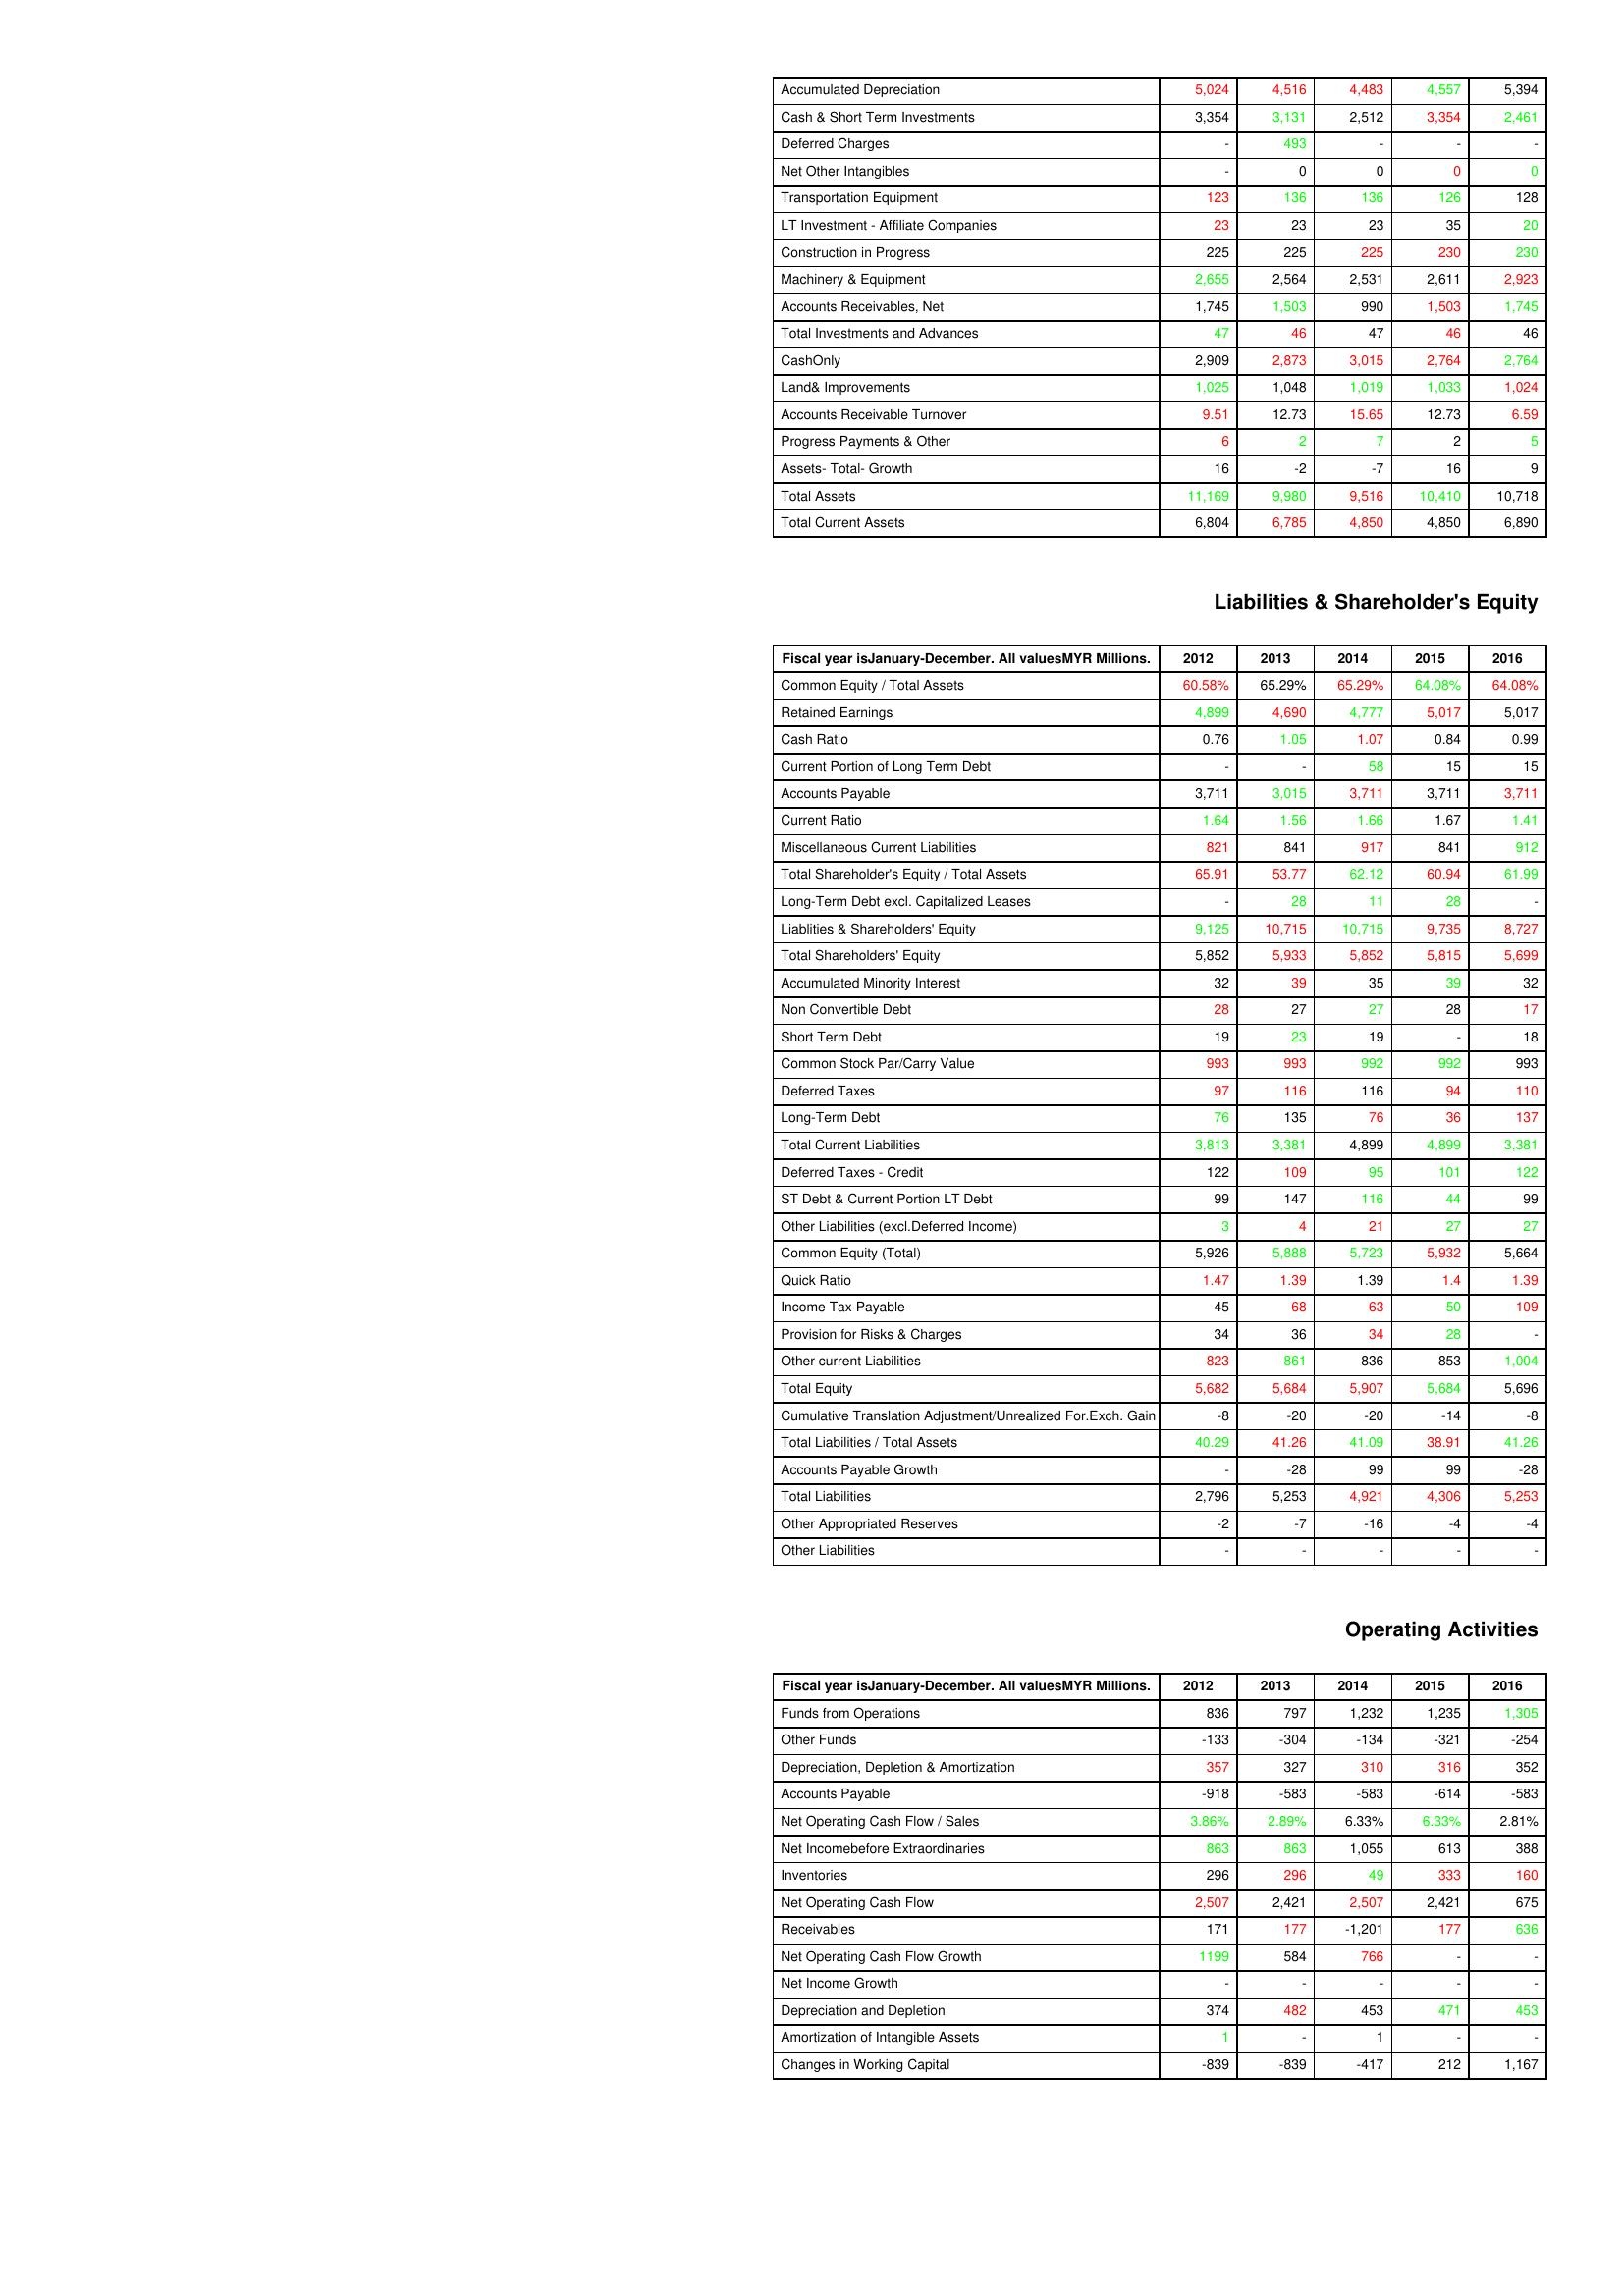
gt_parse: 2012: Assets: Accumulated Depreciation: 5,024
Cash & Short Term Investments: 3,354
Deferred Charges: -
Net Other Intangibles: -
Transportation Equipment: 123
LT Investment - Affiliate Companies: 23
Construction in Progress: 225
Machinery & Equipment: 2,655
Accounts Receivables, Net: 1,745
Total Investments and Advances: 47
CashOnly: 2,909
Land& Improvements: 1,025
Accounts Receivable Turnover: 9.51
Progress Payments & Other: 6
Assets- Total- Growth: 16
Total Assets: 11,169
Total Current Assets: 6,804
Liabilities & Shareholder's Equity: Common Equity / Total Assets: 60.58%
Retained Earnings: 4,899
Cash Ratio: 0.76
Current Portion of Long Term Debt: -
Accounts Payable: 3,711
Current Ratio: 1.64
Miscellaneous Current Liabilities: 821
Total Shareholder's Equity / Total Assets: 65.91
Long-Term Debt excl. Capitalized Leases: -
Liablities & Shareholders' Equity: 9,125
Total Shareholders' Equity: 5,852
Accumulated Minority Interest: 32
Non Convertible Debt: 28
Short Term Debt: 19
Common Stock Par/Carry Value: 993
Deferred Taxes: 97
Long-Term Debt: 76
Total Current Liabilities: 3,813
Deferred Taxes - Credit: 122
ST Debt & Current Portion LT Debt: 99
Other Liabilities (excl.Deferred Income): 3
Common Equity (Total): 5,926
Quick Ratio: 1.47
Income Tax Payable: 45
Provision for Risks & Charges: 34
Other current Liabilities: 823
Total Equity: 5,682
Cumulative Translation Adjustment/Unrealized For.Exch. Gain: -8
Total Liabilities / Total Assets: 40.29
Accounts Payable Growth: -
Total Liabilities: 2,796
Other Appropriated Reserves: -2
Other Liabilities: -
Operating Activities: Funds from Operations: 836
Other Funds: -133
Depreciation, Depletion & Amortization: 357
Accounts Payable: -918
Net Operating Cash Flow / Sales: 3.86%
Net Incomebefore Extraordinaries: 863
Inventories: 296
Net Operating Cash Flow: 2,507
Receivables: 171
Net Operating Cash Flow Growth: 1199
Net Income Growth: -
Depreciation and Depletion: 374
Amortization of Intangible Assets: 1
Changes in Working Capital: -839
2013: Assets: Accumulated Depreciation: 4,516
Cash & Short Term Investments: 3,131
Deferred Charges: 493
Net Other Intangibles: 0
Transportation Equipment: 136
LT Investment - Affiliate Companies: 23
Construction in Progress: 225
Machinery & Equipment: 2,564
Accounts Receivables, Net: 1,503
Total Investments and Advances: 46
CashOnly: 2,873
Land& Improvements: 1,048
Accounts Receivable Turnover: 12.73
Progress Payments & Other: 2
Assets- Total- Growth: -2
Total Assets: 9,980
Total Current Assets: 6,785
Liabilities & Shareholder's Equity: Common Equity / Total Assets: 65.29%
Retained Earnings: 4,690
Cash Ratio: 1.05
Current Portion of Long Term Debt: -
Accounts Payable: 3,015
Current Ratio: 1.56
Miscellaneous Current Liabilities: 841
Total Shareholder's Equity / Total Assets: 53.77
Long-Term Debt excl. Capitalized Leases: 28
Liablities & Shareholders' Equity: 10,715
Total Shareholders' Equity: 5,933
Accumulated Minority Interest: 39
Non Convertible Debt: 27
Short Term Debt: 23
Common Stock Par/Carry Value: 993
Deferred Taxes: 116
Long-Term Debt: 135
Total Current Liabilities: 3,381
Deferred Taxes - Credit: 109
ST Debt & Current Portion LT Debt: 147
Other Liabilities (excl.Deferred Income): 4
Common Equity (Total): 5,888
Quick Ratio: 1.39
Income Tax Payable: 68
Provision for Risks & Charges: 36
Other current Liabilities: 861
Total Equity: 5,684
Cumulative Translation Adjustment/Unrealized For.Exch. Gain: -20
Total Liabilities / Total Assets: 41.26
Accounts Payable Growth: -28
Total Liabilities: 5,253
Other Appropriated Reserves: -7
Other Liabilities: -
Operating Activities: Funds from Operations: 797
Other Funds: -304
Depreciation, Depletion & Amortization: 327
Accounts Payable: -583
Net Operating Cash Flow / Sales: 2.89%
Net Incomebefore Extraordinaries: 863
Inventories: 296
Net Operating Cash Flow: 2,421
Receivables: 177
Net Operating Cash Flow Growth: 584
Net Income Growth: -
Depreciation and Depletion: 482
Amortization of Intangible Assets: -
Changes in Working Capital: -839
2014: Assets: Accumulated Depreciation: 4,483
Cash & Short Term Investments: 2,512
Deferred Charges: -
Net Other Intangibles: 0
Transportation Equipment: 136
LT Investment - Affiliate Companies: 23
Construction in Progress: 225
Machinery & Equipment: 2,531
Accounts Receivables, Net: 990
Total Investments and Advances: 47
CashOnly: 3,015
Land& Improvements: 1,019
Accounts Receivable Turnover: 15.65
Progress Payments & Other: 7
Assets- Total- Growth: -7
Total Assets: 9,516
Total Current Assets: 4,850
Liabilities & Shareholder's Equity: Common Equity / Total Assets: 65.29%
Retained Earnings: 4,777
Cash Ratio: 1.07
Current Portion of Long Term Debt: 58
Accounts Payable: 3,711
Current Ratio: 1.66
Miscellaneous Current Liabilities: 917
Total Shareholder's Equity / Total Assets: 62.12
Long-Term Debt excl. Capitalized Leases: 11
Liablities & Shareholders' Equity: 10,715
Total Shareholders' Equity: 5,852
Accumulated Minority Interest: 35
Non Convertible Debt: 27
Short Term Debt: 19
Common Stock Par/Carry Value: 992
Deferred Taxes: 116
Long-Term Debt: 76
Total Current Liabilities: 4,899
Deferred Taxes - Credit: 95
ST Debt & Current Portion LT Debt: 116
Other Liabilities (excl.Deferred Income): 21
Common Equity (Total): 5,723
Quick Ratio: 1.39
Income Tax Payable: 63
Provision for Risks & Charges: 34
Other current Liabilities: 836
Total Equity: 5,907
Cumulative Translation Adjustment/Unrealized For.Exch. Gain: -20
Total Liabilities / Total Assets: 41.09
Accounts Payable Growth: 99
Total Liabilities: 4,921
Other Appropriated Reserves: -16
Other Liabilities: -
Operating Activities: Funds from Operations: 1,232
Other Funds: -134
Depreciation, Depletion & Amortization: 310
Accounts Payable: -583
Net Operating Cash Flow / Sales: 6.33%
Net Incomebefore Extraordinaries: 1,055
Inventories: 49
Net Operating Cash Flow: 2,507
Receivables: -1,201
Net Operating Cash Flow Growth: 766
Net Income Growth: -
Depreciation and Depletion: 453
Amortization of Intangible Assets: 1
Changes in Working Capital: -417
2015: Assets: Accumulated Depreciation: 4,557
Cash & Short Term Investments: 3,354
Deferred Charges: -
Net Other Intangibles: 0
Transportation Equipment: 126
LT Investment - Affiliate Companies: 35
Construction in Progress: 230
Machinery & Equipment: 2,611
Accounts Receivables, Net: 1,503
Total Investments and Advances: 46
CashOnly: 2,764
Land& Improvements: 1,033
Accounts Receivable Turnover: 12.73
Progress Payments & Other: 2
Assets- Total- Growth: 16
Total Assets: 10,410
Total Current Assets: 4,850
Liabilities & Shareholder's Equity: Common Equity / Total Assets: 64.08%
Retained Earnings: 5,017
Cash Ratio: 0.84
Current Portion of Long Term Debt: 15
Accounts Payable: 3,711
Current Ratio: 1.67
Miscellaneous Current Liabilities: 841
Total Shareholder's Equity / Total Assets: 60.94
Long-Term Debt excl. Capitalized Leases: 28
Liablities & Shareholders' Equity: 9,735
Total Shareholders' Equity: 5,815
Accumulated Minority Interest: 39
Non Convertible Debt: 28
Short Term Debt: -
Common Stock Par/Carry Value: 992
Deferred Taxes: 94
Long-Term Debt: 36
Total Current Liabilities: 4,899
Deferred Taxes - Credit: 101
ST Debt & Current Portion LT Debt: 44
Other Liabilities (excl.Deferred Income): 27
Common Equity (Total): 5,932
Quick Ratio: 1.4
Income Tax Payable: 50
Provision for Risks & Charges: 28
Other current Liabilities: 853
Total Equity: 5,684
Cumulative Translation Adjustment/Unrealized For.Exch. Gain: -14
Total Liabilities / Total Assets: 38.91
Accounts Payable Growth: 99
Total Liabilities: 4,306
Other Appropriated Reserves: -4
Other Liabilities: -
Operating Activities: Funds from Operations: 1,235
Other Funds: -321
Depreciation, Depletion & Amortization: 316
Accounts Payable: -614
Net Operating Cash Flow / Sales: 6.33%
Net Incomebefore Extraordinaries: 613
Inventories: 333
Net Operating Cash Flow: 2,421
Receivables: 177
Net Operating Cash Flow Growth: -
Net Income Growth: -
Depreciation and Depletion: 471
Amortization of Intangible Assets: -
Changes in Working Capital: 212
2016: Assets: Accumulated Depreciation: 5,394
Cash & Short Term Investments: 2,461
Deferred Charges: -
Net Other Intangibles: 0
Transportation Equipment: 128
LT Investment - Affiliate Companies: 20
Construction in Progress: 230
Machinery & Equipment: 2,923
Accounts Receivables, Net: 1,745
Total Investments and Advances: 46
CashOnly: 2,764
Land& Improvements: 1,024
Accounts Receivable Turnover: 6.59
Progress Payments & Other: 5
Assets- Total- Growth: 9
Total Assets: 10,718
Total Current Assets: 6,890
Liabilities & Shareholder's Equity: Common Equity / Total Assets: 64.08%
Retained Earnings: 5,017
Cash Ratio: 0.99
Current Portion of Long Term Debt: 15
Accounts Payable: 3,711
Current Ratio: 1.41
Miscellaneous Current Liabilities: 912
Total Shareholder's Equity / Total Assets: 61.99
Long-Term Debt excl. Capitalized Leases: -
Liablities & Shareholders' Equity: 8,727
Total Shareholders' Equity: 5,699
Accumulated Minority Interest: 32
Non Convertible Debt: 17
Short Term Debt: 18
Common Stock Par/Carry Value: 993
Deferred Taxes: 110
Long-Term Debt: 137
Total Current Liabilities: 3,381
Deferred Taxes - Credit: 122
ST Debt & Current Portion LT Debt: 99
Other Liabilities (excl.Deferred Income): 27
Common Equity (Total): 5,664
Quick Ratio: 1.39
Income Tax Payable: 109
Provision for Risks & Charges: -
Other current Liabilities: 1,004
Total Equity: 5,696
Cumulative Translation Adjustment/Unrealized For.Exch. Gain: -8
Total Liabilities / Total Assets: 41.26
Accounts Payable Growth: -28
Total Liabilities: 5,253
Other Appropriated Reserves: -4
Other Liabilities: -
Operating Activities: Funds from Operations: 1,305
Other Funds: -254
Depreciation, Depletion & Amortization: 352
Accounts Payable: -583
Net Operating Cash Flow / Sales: 2.81%
Net Incomebefore Extraordinaries: 388
Inventories: 160
Net Operating Cash Flow: 675
Receivables: 636
Net Operating Cash Flow Growth: -
Net Income Growth: -
Depreciation and Depletion: 453
Amortization of Intangible Assets: -
Changes in Working Capital: 1,167